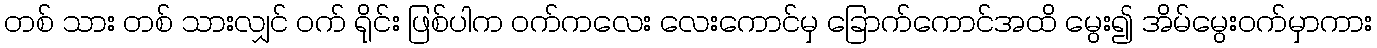
တစ် သား တစ် သားလျှင် ဝက် ရိုင်း ဖြစ်ပါက ဝက်ကလေး လေးကောင်မှ ခြောက်ကောင်အထိ မွေး၍ အိမ်မွေးဝက်မှာကား